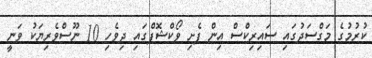
ކުރުމުގެ މަގްސަދުގައި ސައިރިކްސް އިން ފެށި ވޯކްޝޮޕްގައި ދިވެހި 10 ނޫސްވެރިޔަކު ވަނީ